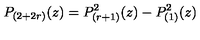
P _ { ( 2 + 2 r ) } ( z ) = P _ { ( r + 1 ) } ^ { 2 } ( z ) - P _ { ( 1 ) } ^ { 2 } ( z )